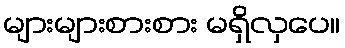
များများစားစား မရှိလှပေ။